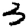
Digit: 3